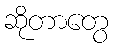
ဆိုတာတွေ